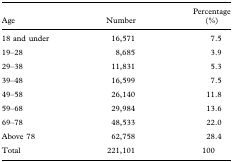
<table><thead><tr><td><b>Age</b></td><td><b>Number</b></td><td><b>Percentage (%)</b></td></tr></thead><tbody><tr><td>18 and under</td><td>16,571</td><td>7.5</td></tr><tr><td>19–28</td><td>8,685</td><td>3.9</td></tr><tr><td>29–38</td><td>11,831</td><td>5.3</td></tr><tr><td>39–48</td><td>16,599</td><td>7.5</td></tr><tr><td>49–58</td><td>26,140</td><td>11.8</td></tr><tr><td>59–68</td><td>29,984</td><td>13.6</td></tr><tr><td>69–78</td><td>48,533</td><td>22.0</td></tr><tr><td>Above 78</td><td>62,758</td><td>28.4</td></tr><tr><td>Total</td><td>221,101</td><td>100</td></tr></tbody></table>